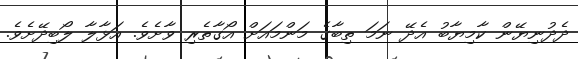
ދެދުނިޔޭން ކާމިޔާބު އެދޭ ނަމަ ތިބާގެ މަންމައަށް އޯގާތެރި ވާށެވެ. އަޅާލާ ލޯބިދޭށެވެ.